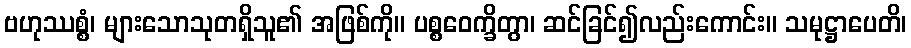
ဗဟုဿစ္စံ၊ များသောသုတရှိသူ၏ အဖြစ်ကို။ ပစ္စဝေက္ခိတွာ၊ ဆင်ခြင်၍လည်းကောင်း။ သမုဋ္ဌာပေတိ၊